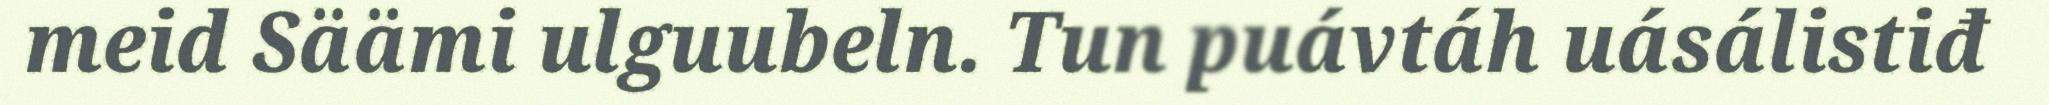
meid Säämi ulguubeln. Tun puávtáh uásálistiđ